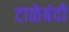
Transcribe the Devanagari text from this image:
टाळेबंदी